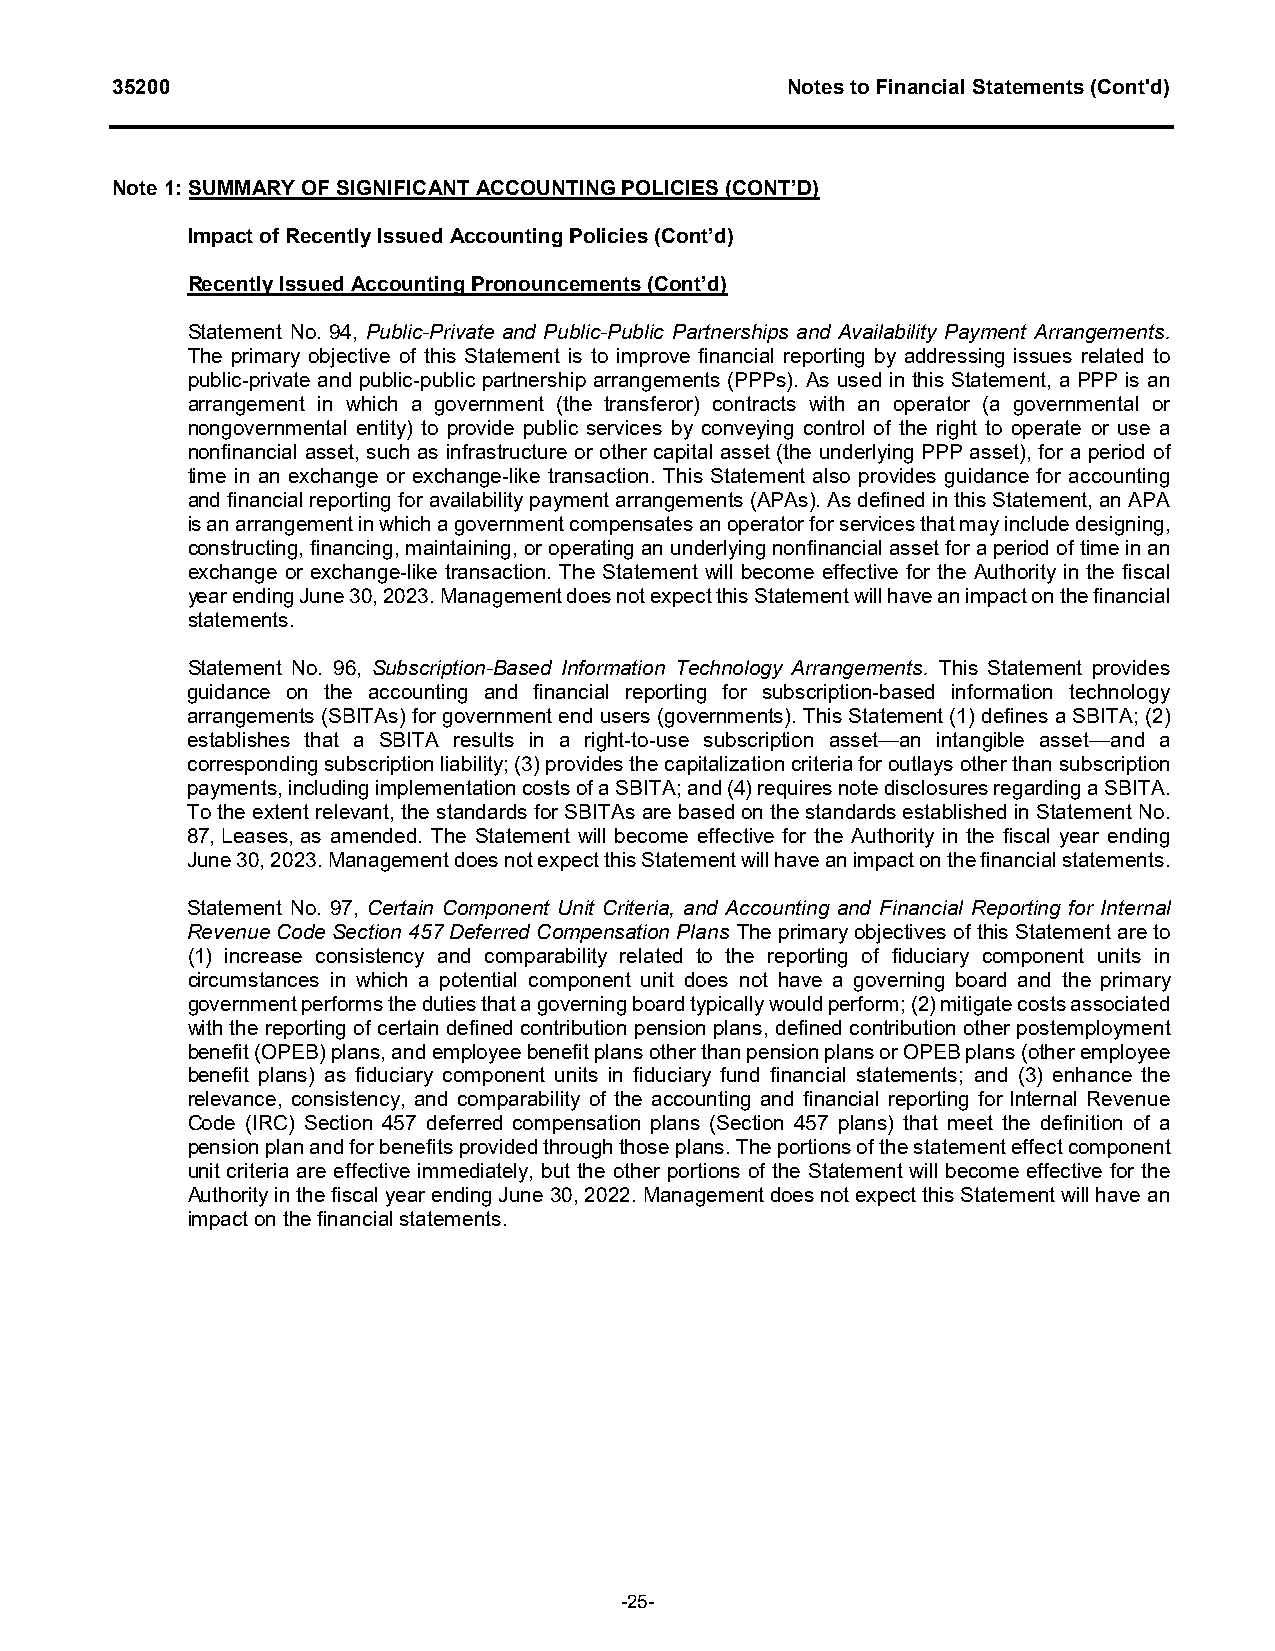
35200                                        Notes to Financial Statements (Cont'd)
 Note 1: SUMMARY OF SIGNIFICANT ACCOUNTING POLICIES (CONT’D)
 Impact of Recently Issued Accounting Policies (Cont’d)
 Recently Issued Accounting Pronouncements (Cont’d)
 Statement No. 94, Public-Private and Public-Public Partnerships and Availability Payment Arrangements.
 The primary objective of this Statement is to improve financial reporting by addressing issues related to
 public-private and public-public partnership arrangements (PPPs). As used in this Statement, a PPP is an
 arrangement in which a government (the transferor) contracts with an operator (a governmental or
 nongovernmental entity) to provide public services by conveying control of the right to operate or use a
 nonfinancial asset, such as infrastructure or other capital asset (the underlying PPP asset), for a period of
 time in an exchange or exchange-like transaction. This Statement also provides guidance for accounting
 and financial reporting for availability payment arrangements (APAs). As defined in this Statement, an APA
 is an arrangement in which a government compensates an operator for services that may include designing,
 constructing, financing, maintaining, or operating an underlying nonfinancial asset for a period of time in an
 exchange or exchange-like transaction. The Statement will become effective for the Authority in the fiscal
 year ending June 30, 2023. Management does not expect this Statement will have an impact on the financial
 statements.
 Statement No. 96, Subscription-Based Information Technology Arrangements. This Statement provides
 guidance on the accounting and financial reporting for subscription-based information technology
 arrangements (SBITAs) for government end users (governments). This Statement (1) defines a SBITA; (2)
 establishes that a SBITA results in a right-to-use subscription asset—an intangible asset—and a
 corresponding subscription liability; (3) provides the capitalization criteria for outlays other than subscription
 payments, including implementation costs of a SBITA; and (4) requires note disclosures regarding a SBITA.
 To the extent relevant, the standards for SBITAs are based on the standards established in Statement No.
 87, Leases, as amended. The Statement will become effective for the Authority in the fiscal year ending
 June 30, 2023. Management does not expect this Statement will have an impact on the financial statements.
 Statement No. 97, Certain Component Unit Criteria, and Accounting and Financial Reporting for Internal
 Revenue Code Section 457 Deferred Compensation Plans The primary objectives of this Statement are to
 (1) increase consistency and comparability related to the reporting of fiduciary component units in
 circumstances in which a potential component unit does not have a governing board and the primary
 government performs the duties that a governing board typically would perform; (2) mitigate costs associated
 with the reporting of certain defined contribution pension plans, defined contribution other postemployment
 benefit (OPEB) plans, and employee benefit plans other than pension plans or OPEB plans (other employee
 benefit plans) as fiduciary component units in fiduciary fund financial statements; and (3) enhance the
 relevance, consistency, and comparability of the accounting and financial reporting for Internal Revenue
 Code (IRC) Section 457 deferred compensation plans (Section 457 plans) that meet the definition of a
 pension plan and for benefits provided through those plans. The portions of the statement effect component
 unit criteria are effective immediately, but the other portions of the Statement will become effective for the
 Authority in the fiscal year ending June 30, 2022. Management does not expect this Statement will have an
 impact on the financial statements.
 -25-